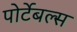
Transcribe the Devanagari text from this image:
पोर्टेबल्स